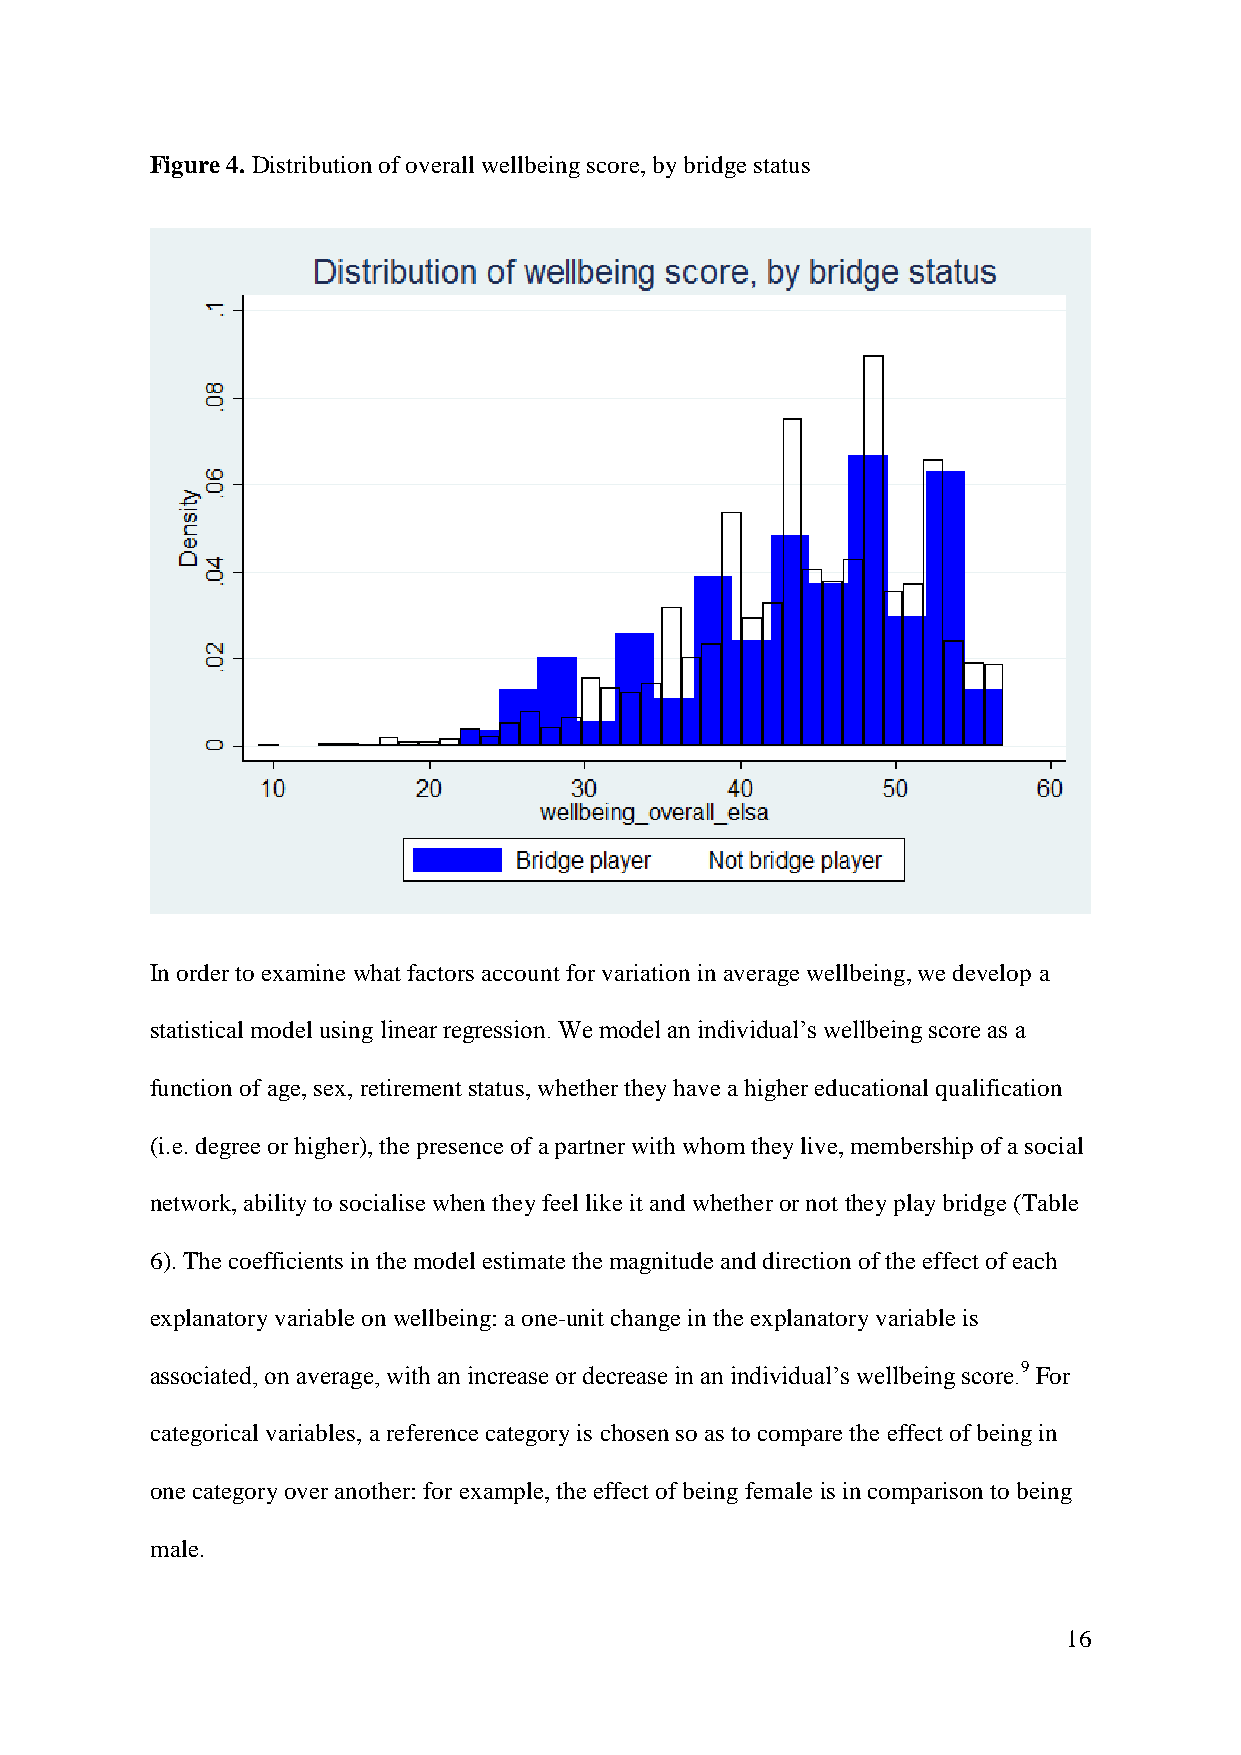
Figure 4. Distribution of overall wellbeing score, by bridge status
 In order to examine what factors account for variation in average wellbeing, we develop a
 statistical model using linear regression. We model an individual’s wellbeing score as a
 function of age, sex, retirement status, whether they have a higher educational qualification
 (i.e. degree or higher), the presence of a partner with whom they live, membership of a social
 network, ability to socialise when they feel like it and whether or not they play bridge (Table
 6). The coefficients in the model estimate the magnitude and direction of the effect of each
 explanatory variable on wellbeing: a one-unit change in the explanatory variable is
 associated, on average, with an increase or decrease in an individual’s wellbeing score.9 For
 categorical variables, a reference category is chosen so as to compare the effect of being in
 one category over another: for example, the effect of being female is in comparison to being
 male.
 16